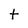
Character: t